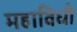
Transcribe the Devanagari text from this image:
महाविधी